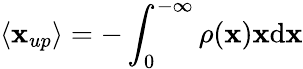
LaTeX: \langle\mathbf{x}_{up}\rangle=-\int_{0}^{-\infty}\rho(\mathbf{x})\mathbf{x}\mathrm{{d}}\mathbf{x}